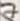
Text: 7